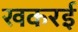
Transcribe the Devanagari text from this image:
खकरई